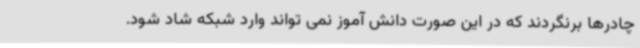
چادرها برنگردند که در این صورت دانش آموز نمی تواند وارد شبکه شاد شود.